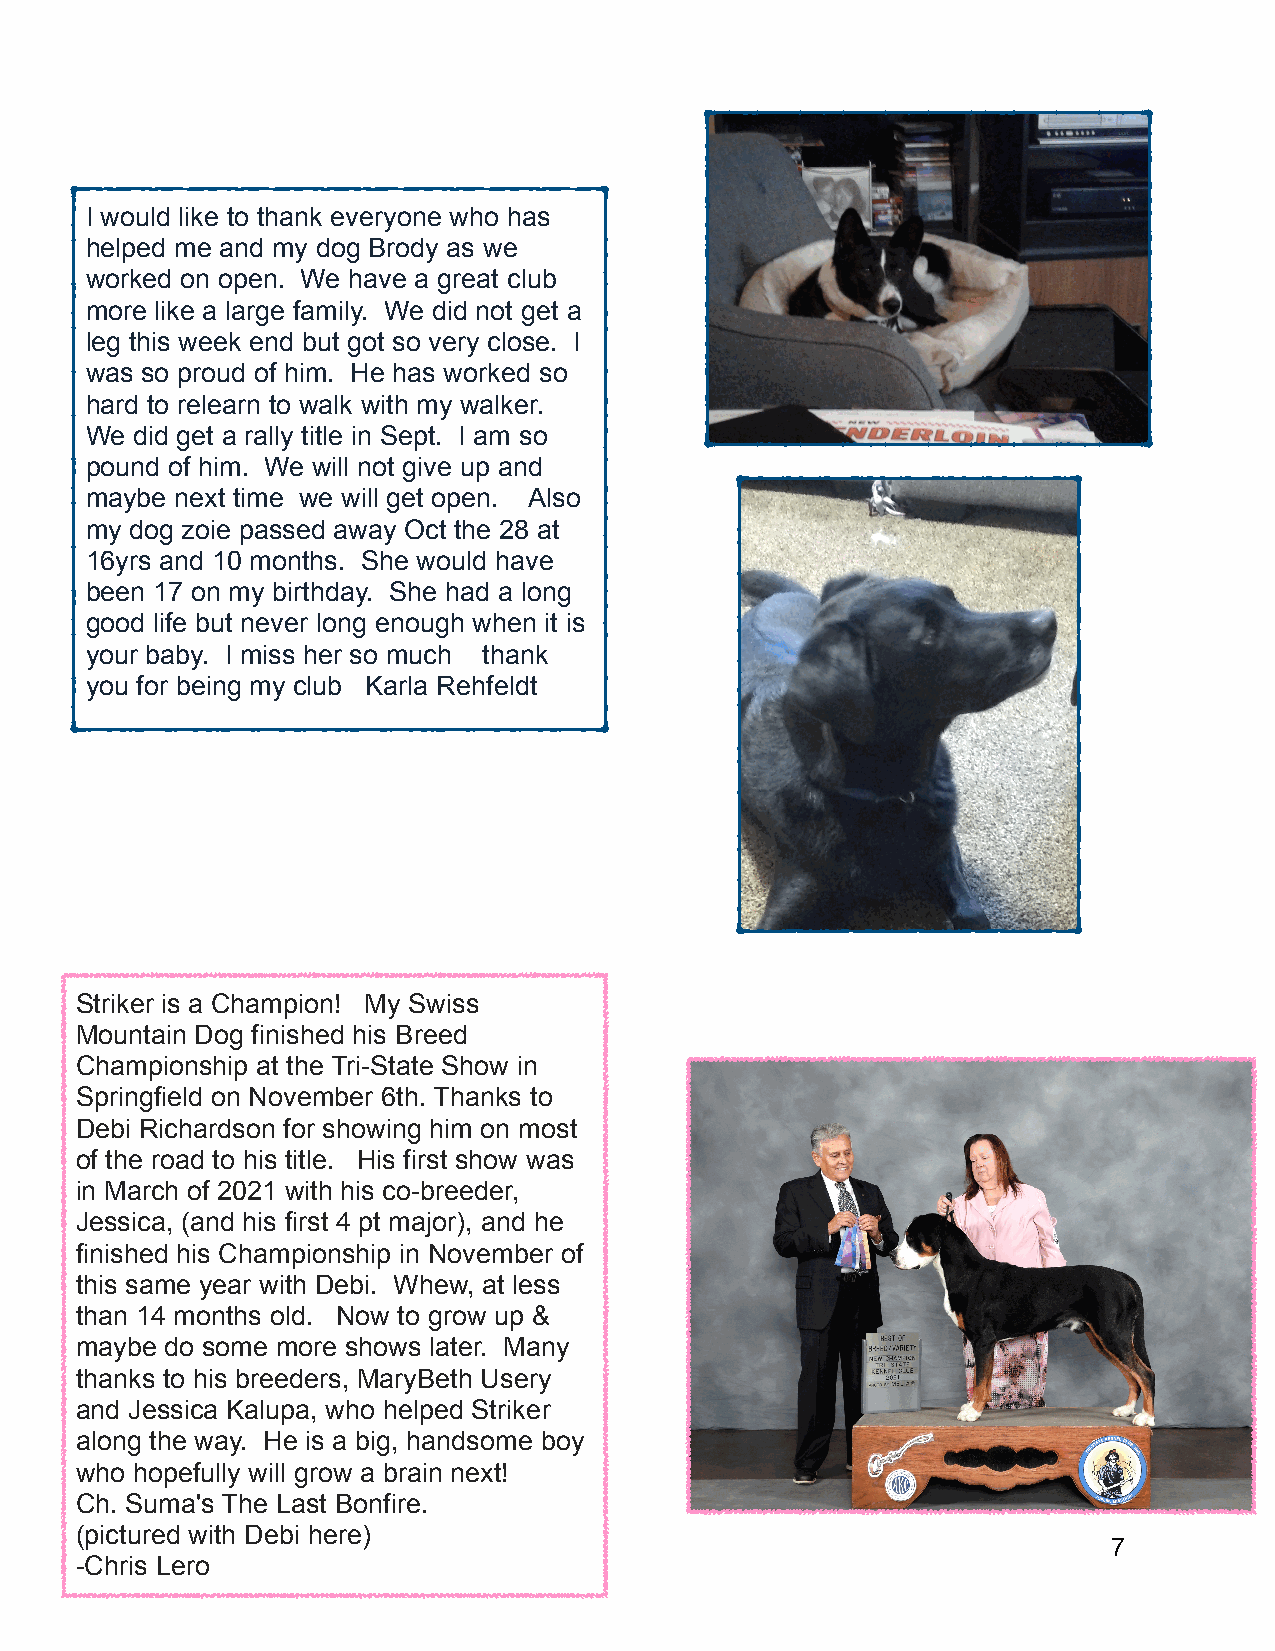
I would like to thank everyone who has
 helped me and my dog Brody as we
 worked on open. We have a great club
 more like a large family. We did not get a
 leg this week end but got so very close. I
 was so proud of him. He has worked so
 hard to relearn to walk with my walker.
 We did get a rally title in Sept. I am so
 pound of him. We will not give up and
 maybe next time we will get open. Also
 my dog zoie passed away Oct the 28 at
 16yrs and 10 months. She would have
 been 17 on my birthday. She had a long
 good life but never long enough when it is
 your baby. I miss her so much thank
 you for being my club Karla Rehfeldt
 Striker is a Champion! My Swiss
 Mountain Dog finished his Breed
 Championship at the Tri-State Show in
 Springfield on November 6th. Thanks to
 Debi Richardson for showing him on most
 of the road to his title. His first show was
 in March of 2021 with his co-breeder,
 Jessica, (and his first 4 pt major), and he
 finished his Championship in November of
 this same year with Debi. Whew, at less
 than 14 months old. Now to grow up &
 maybe do some more shows later. Many
 thanks to his breeders, MaryBeth Usery
 and Jessica Kalupa, who helped Striker
 along the way. He is a big, handsome boy
 who hopefully will grow a brain next!
 Ch. Suma's The Last Bonfire.
 (pictured with Debi here)
 7
 -Chris Lero